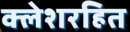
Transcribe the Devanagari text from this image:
क्लेशरहित